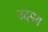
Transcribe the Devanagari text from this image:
उदमय